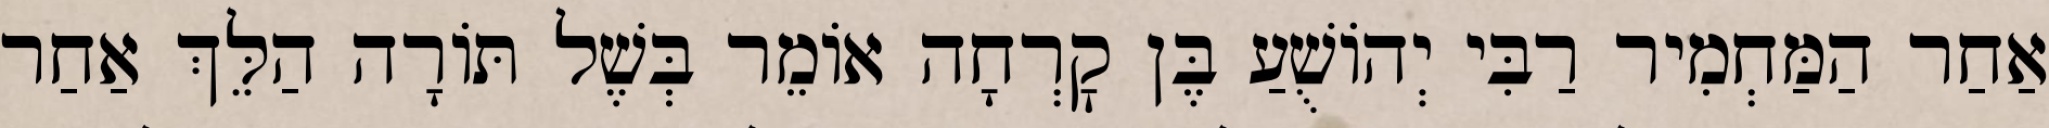
אַחַר הַמַּחְמִיר רַבִּי יְהוֹשֻׁעַ בֶּן קׇרְחָה אוֹמֵר בְּשֶׁל תּוֹרָה הַלֵּךְ אַחַר